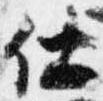
仕